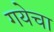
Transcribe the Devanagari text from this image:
गयेचा